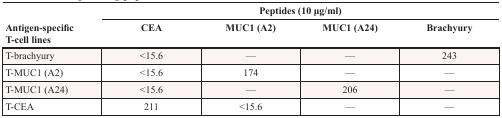
| <ROWSPAN=2> Antigen-specific T-cell lines | <COLSPAN=4> Peptides (10 μg/ml) |
 | CEA | MUC1 (A2) | MUC1 (A24) | Brachyury |
 | --- | --- | --- | --- | --- |
 | T-brachyury | <15.6 | — | — | 243 |
 | T-MUC1 (A2) | <15.6 | 174 | — | — |
 | T-MUC1 (A24) | <15.6 | — | 206 | — |
 | T-CEA | 211 | <15.6 | — | — |